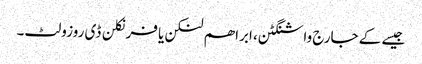
جیسے کے جارج واشنگٹن، ابراھم لنکن یا فرنکلن ڈی روزولٹ۔